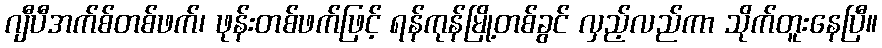
ဂျီပီအက်စ်တစ်ဖက်၊ ဖုန်းတစ်ဖက်ဖြင့် ရန်ကုန်မြို့တစ်ခွင် လှည့်လည်ကာ သိုက်တူးနေပြီ။